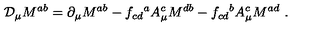
{ \cal D } _ { \mu } M ^ { a b } = \partial _ { \mu } M ^ { a b } - f _ { c d } { } ^ { a } A _ { \mu } ^ { c } M ^ { d b } - f _ { c d } { } ^ { b } A _ { \mu } ^ { c } M ^ { a d } \ .